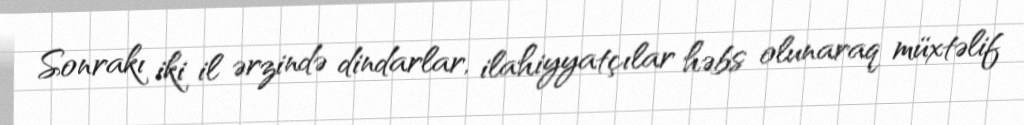
Sonrakı iki il ərzində dindarlar, ilahiyyatçılar həbs olunaraq müxtəlif